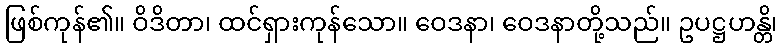
ဖြစ်ကုန်၏။ ဝိဒိတာ၊ ထင်ရှားကုန်သော။ ဝေဒနာ၊ ဝေဒနာတို့သည်။ ဥပဋ္ဌဟန္တိ၊